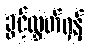
ခွင့်လွှတ်ရန်